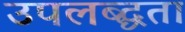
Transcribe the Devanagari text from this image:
उपलब्द्धता